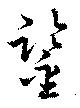
鑑